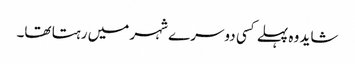
شاید وہ پہلے کسی دوسرے شہر میں رہتا تھا۔